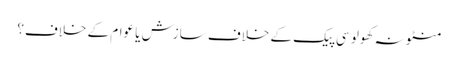
منٹو نہ کھولو	سی پیک کے خلاف سازش یا عوام کے خلاف؟